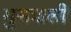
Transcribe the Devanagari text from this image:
मुसवाली